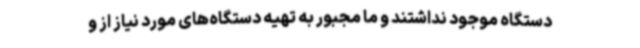
دستگاه موجود نداشتند و ما مجبور به تهیه دستگاه‌های مورد نیاز از و